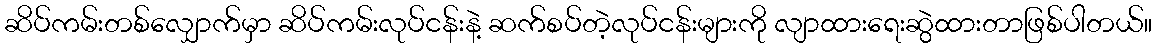
ဆိပ်ကမ်းတစ်လျှောက်မှာ ဆိပ်ကမ်းလုပ်ငန်းနဲ့ ဆက်စပ်တဲ့လုပ်ငန်းများကို လျာထားရေးဆွဲထားတာဖြစ်ပါတယ်။